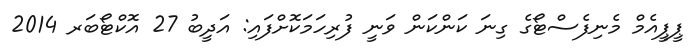
ޕީޕީއެމް މެނިފެސްޓޯގެ ގިނަ ކަންކަން ވަނީ ފުރިހަމަކޮށްފައި: އަދީބު 27 އޮކްޓޯބަރ 2014